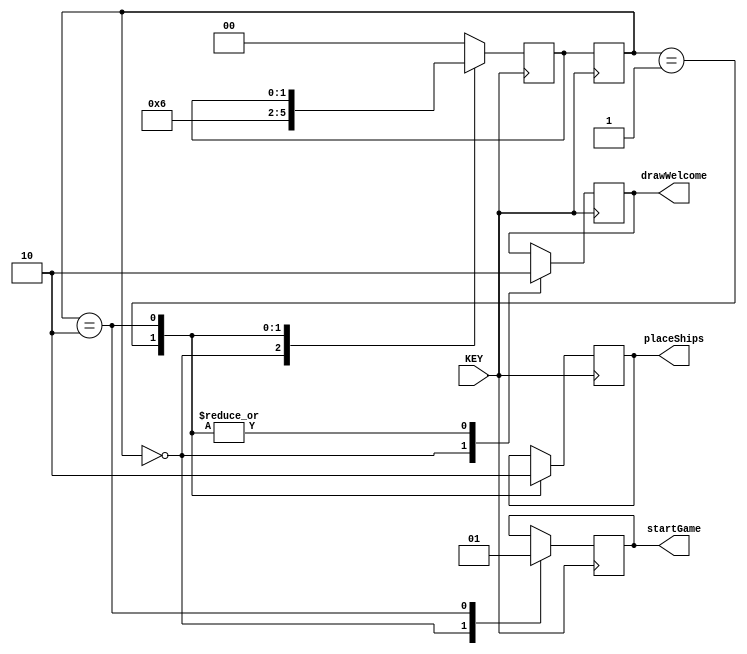
module mainFSM(output reg startGame, input [0:0] KEY, output reg drawWelcome, output reg placeShips);

	reg [1:0] currState, nextState;
	parameter welcome = 2'b00, place_ships = 2'b01, start_game = 2'b10;
	
	always@(posedge ~KEY[0]) begin
		case (currState) 
		
			welcome: begin
				startGame = 0;
				drawWelcome = 1;
				nextState <= place_ships;
			end
			
			place_ships: begin
				placeShips = 1;
				drawWelcome = 0;
				nextState <= start_game;
			end
			
			start_game: begin
				placeShips = 0;
				drawWelcome = 0;
				startGame = 1;
			end
			
			default: nextState = welcome; 
			
		endcase
	end
	
	always@(negedge ~KEY[0]) begin
		currState = nextState;
	end
endmodule